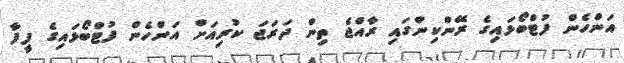
އަންހެން ފުޓްބޯޅައިގެ ރޭންކިންގައި ރާއްޖެ ތިން ދަރަޖަ ކުރިއަށް އަންހެން ފުޓްބޯޅައިގެ ފީފާ